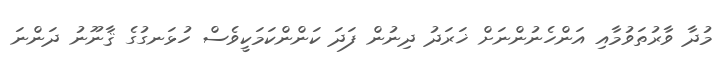
މުދާ ވާރުތަވުމާއި އަންހެނުންނަށް ޚަރަދު ދިނުން ފަދަ ކަންންކަމަކީވެސް ހުޅަނގުގެ ޤާނޫނު ދަންނަ